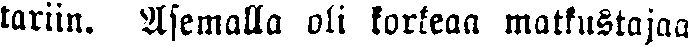
tariin. Asemalla oli korkeaa matkustajaa